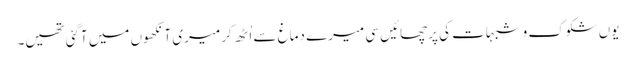
یوں شکوک و شبہات کی پرچھائیں سی میرے دماغ سے اُٹھ کر میری آنکھوں میں آگئی تھیں۔